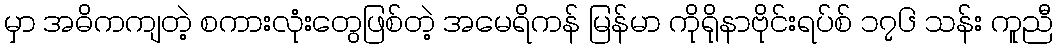
မှာ အဓိကကျတဲ့ စကားလုံးတွေဖြစ်တဲ့ အမေရိကန် မြန်မာ ကိုရိုနာဗိုင်းရပ်စ် ၁၇၆ သန်း ကူညီ